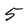
Character: 5